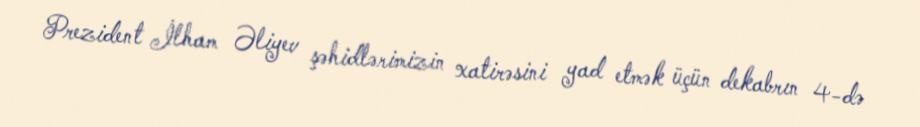
Prezident İlham Əliyev şəhidlərimizin xatirəsini yad etmək üçün dekabrın 4-də